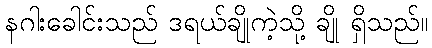
နဂါးခေါင်းသည် ဒရယ်ချိုကဲ့သို့ ချို ရှိသည်။